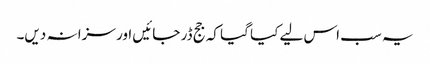
یہ سب اس لیے کیا گیا کہ جج ڈر جائیں اور سزا نہ دیں۔